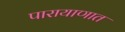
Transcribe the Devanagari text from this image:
पारायाणात